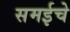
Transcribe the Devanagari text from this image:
समईचे